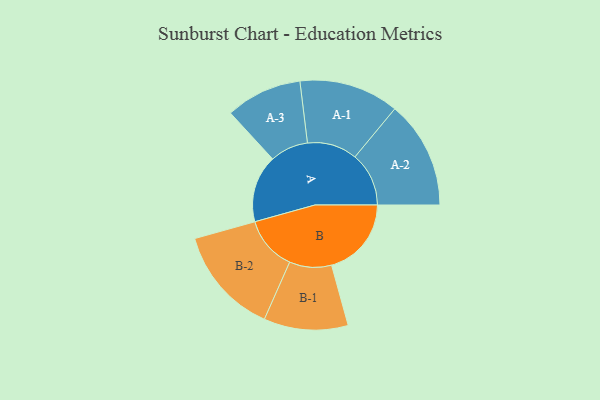
{"axis": {"x": "Segment", "y": "Value"}, "legend": ["", "A", "B"], "data": [{"x": "A", "y": 309, "type": ""}, {"x": "B", "y": 366, "type": ""}, {"x": "A-1", "y": 229, "type": "A"}, {"x": "A-2", "y": 247, "type": "A"}, {"x": "A-3", "y": 175, "type": "A"}, {"x": "B-1", "y": 193, "type": "B"}, {"x": "B-2", "y": 248, "type": "B"}]}